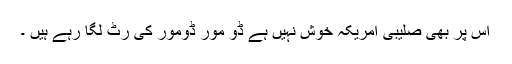
اس پر بھی صلیبی امریکہ خوش نہیں ہے ڈو مور ڈومور کی رٹ لگا رہے ہیں ۔